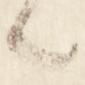
々